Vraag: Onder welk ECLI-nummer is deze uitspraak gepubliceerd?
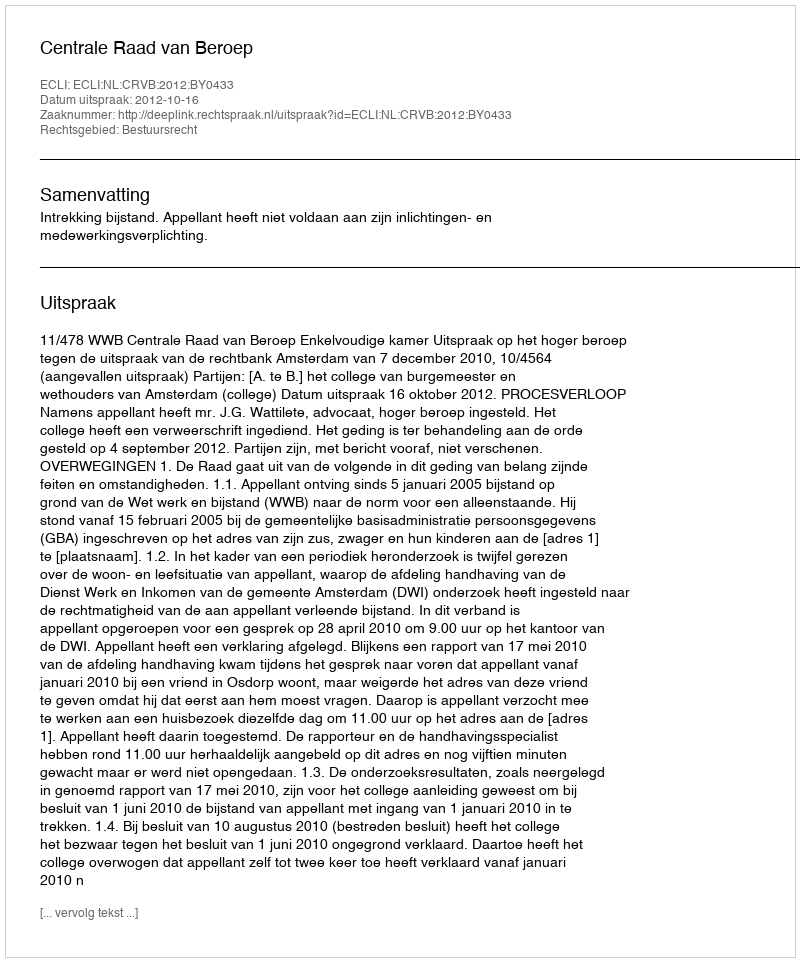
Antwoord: ECLI:NL:CRVB:2012:BY0433